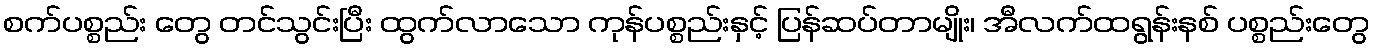
စက်ပစ္စည်း တွေ တင်သွင်းပြီး ထွက်လာသော ကုန်ပစ္စည်းနှင့် ပြန်ဆပ်တာမျိုး၊ အီလက်ထရွန်းနစ် ပစ္စည်းတွေ